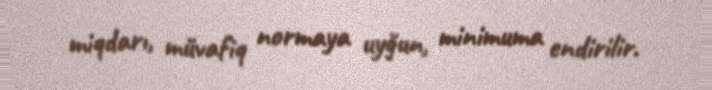
miqdarı, müvafiq normaya uyğun, minimuma endirilir.